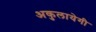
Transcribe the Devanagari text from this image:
अकुलायेगी